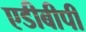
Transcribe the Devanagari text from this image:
एडीबीपी